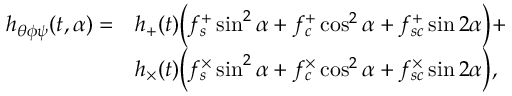
\begin{array} { r l } { h _ { \theta \phi \psi } ( t , \alpha ) = } & { h _ { + } ( t ) \Bigl ( f _ { s } ^ { + } \sin ^ { 2 } { \alpha } + f _ { c } ^ { + } \cos ^ { 2 } { \alpha } + f _ { s c } ^ { + } \sin { 2 \alpha } \Bigr ) + } \\ & { h _ { \times } ( t ) \Bigl ( f _ { s } ^ { \times } \sin ^ { 2 } { \alpha } + f _ { c } ^ { \times } \cos ^ { 2 } { \alpha } + f _ { s c } ^ { \times } \sin { 2 \alpha } \Bigr ) , } \end{array}